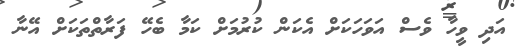
އަދި ވީހާ ވެސް އަވަހަކަށް އެކަން ކުރުމަށް ކަމާ ބެހޭ ފަރާތްތަކަށް އޭނާ